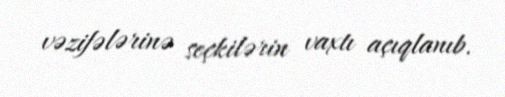
vəzifələrinə seçkilərin vaxtı açıqlanıb.